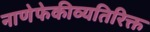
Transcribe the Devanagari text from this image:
नाणेफेकीव्यतिरिक्त